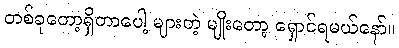
တစ်ခုတော့ရှိတာပေါ့ များတဲ့ မျိုးတော့ ရှောင်ရမယ်နော်။